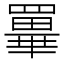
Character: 𦌂